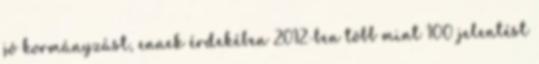
jó kormányzást, ennek érdekében 2012-ben több mint 100 jelentést